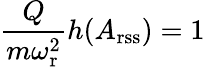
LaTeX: \frac{Q}{m\omega_{\mathrm{r}}^{2}}h(A_{\mathrm{rss}})=1